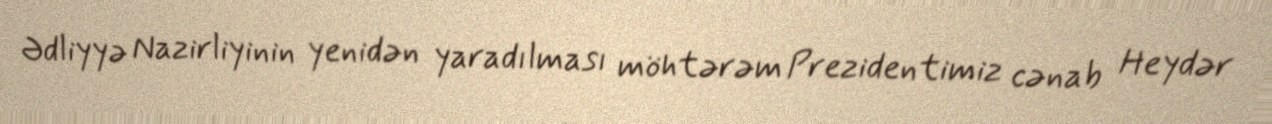
Ədliyyə Nazirliyinin yenidən yaradılması möhtərəm Prezidentimiz cənab Heydər